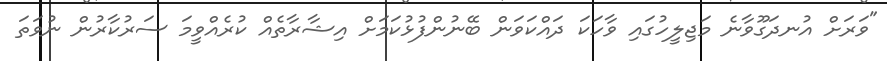
"ވަރަށް އުނދަގޫވާނެ މަޖިލީހުގައި ވާހަކަ ދައްކަވަން ބޭނުންފުޅުކަމަށް އިޝާރާތެއް ކުރެއްވީމަ ސަރުކާރުން ނުވަތަ